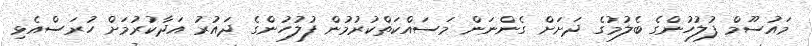
މައުސޫމް ފުލުހުންގެ ބެލުމުގެ ދަށަށް ގެންނަން މަސައްކަތްކުރުމުން ފުލުހުންގެ ދައުރު އަދާކުރުމަށް ހުރަސްއެޅި